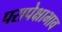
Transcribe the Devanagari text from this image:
परापेक्षाभाव